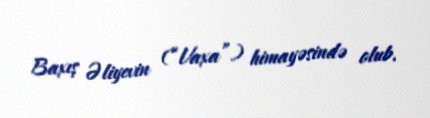
Baxış Əliyevin (“Vaxa”) himayəsində olub.